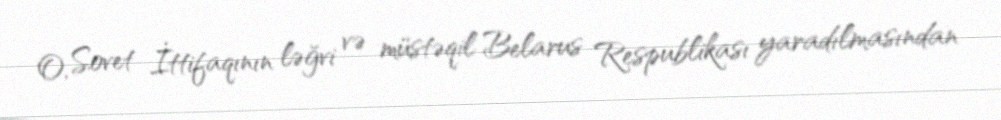
O, Sovet İttifaqının ləğvi və müstəqil Belarus Respublikası yaradılmasından